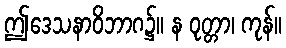
ဤဒေသနာဝိဘာဂ၌။ န ဝုတ္တာ၊ ကုန်။